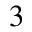
_ { 3 }